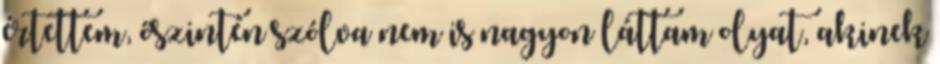
értettem, őszintén szólva nem is nagyon láttam olyat, akinek